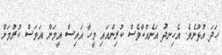
ހަދަ އުޅުނެވެ. އެހިނދު އަނެއްކާވެސް ކުރިންއައި މީހާ އައިސް އީމަން އަވަސް ކުރުމަށް